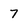
Character: 7